Sketch of the medical history of the native army of Bombay, for the year
Year: 1872
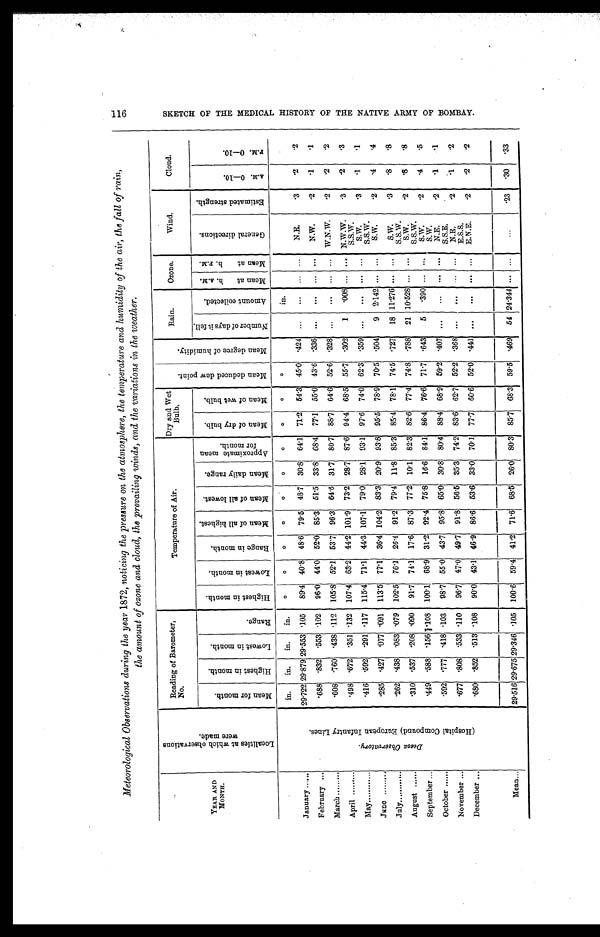
Meteorological Observations during the year 1872, noticing the pressure on the atmosphere, the temperature and humidity of the air, the fall of rain,
the amount of ozone and cloud, the prevailing winds, and the variations in the weather.
YEAR AND
MONTH.
L o c a l i t i e s a t w h i c h o b s e r v a t i o n s w e r e m a d e .
Reading of Barometer,
No.
Temperature of Air.
Dry and Wet
Bulb.
M e a n d e d u c e d d e w p o i n t .
M e a n d e g r e e o f h u m i d i t y .
Rain.
Ozone.
Wind.
Cloud.
M e a n f o r m o n t h .
H i g h e s t i n m o n t h . L o w e s t i n m o n t h .
R a n g e .
H i g h e s t i n m o n t h .
L o w e s t i n m o n t h .
R a n g e i n m o n t h .
M e a n o f a l l h i g h e s t . M e a n o f a l l l o w e s t .
M e a n d a i l y r a n g e .
A p p r o x i m a t e m e a n f o r m o n t h .
M e a n o f d r y b u l b .
M e a n o f w e t b u l b .
M e a n o f d a y s i t f e l l .
A m o u n t c o l l e c t e d .
M e a n a t h . A . M . M e a n a t h . P . M .
G e n e r a l d i r e c t i o n s .
E s t i m a t e d s t r e n g t h .
A . M . 0 — 1 0 .
P . M. 0 —1 0 .
D e e s a O b s e r v a t o r y .
( H o s p i t a l C o m p o u n d ) E u r o p e a n I n f a n t r y L i n e s .
in.
in.
in.
in.°°°°°°°°°°in.
January
29.722 29.879 29.553 .105 89.4 40.8 48.6 79.5 48.7 30.8 64.1 71.2 54.3 45.0
. 424 . . .
... ... ...
N.E.
.3
.2
. 2
February
. 6 8 8
. 8 3 2
. 5 5 3 .102
96.0 44.0 52.0 85.3 51.5 33.8 68.4 77.1 55.0 43.6
. 336 ...
. . .
. . . ...
N.W.
.2
.1
. 1
March
. 6 0 8
. 7 6 0
. 4 3 8 .112 105.8 52.1 53.7 96.3 64.6 31.7 80.7 88.7 64.6 52.6
.328 . . .
... ... ... W.N.W.
.2
.2
. 2
April
. 4 9 8
. 6 7 2
. 3 5 1 .132 107.4 63.2 44.2 101.9 73.2 28.7 87.6 94.4 68.5 55.7
. 302
1
. 0 0 8 ... ... N.W.W.
.3
.2
. 3
S.S.W.
May
. 4 1 6
. 5 9 2
. 2 9 1 .117 115.4 71.1 44.3 107.1 79.0 28.1 93.1 97.6 74.0 62.3
.359 ...
... ... ...
S.W.
.3
.1
. 1
S.S.W.
June
.285
. 4 2 7
. 0 7 7 .091 113.5 77.1 36.4 104.2 83.3 20.9 93.8 95.5 78.9 70.5
. 504
9 2.142
. . . ...
S.W.
.2
.4
. 4
July
. 2 6 2
. 4 3 8
. 0 8 3 .079 102.5 76.1 26.4 91.2 79.4 11.8 85.3 85.4 78.1 74.5
.727 18 11.276 ... ...
S.W.
.3
.8
. 8
S.S.W.
August
. 3 1 0
. 5 3 7
. 2 0 8
. 0 9 0
91.7 74.1 17.6 87.3 77.2 10.1 82.3 82.6 77.4 74.8
.788 21 10.528 ... ...
S.W.
.2
.8
. 8
S.S.W.
September
. 4 4 9
. 5 8 8 .156 1.108 100.1 68.9 31.2 92.4 75.8 16.6 84.1 86.4 76.6 71.7
.643
5
. 3 9 0 ... ...
S.W.
.2
.4
. 5
S.W.
October
. 5 9 2 .777 .418 .103 98.7 55.0 43.7 95.8 65.0 30.8 80.4 88.4 68.9 59.2
.407 ...
...
. . . . . .
N.E.
.2
.1
. 1
S.S.E.
November
. 6 7 7 .808 .533 .110
96.7 47.0 49.7 91.8 56.5 35.3 74.2 83.6 62.7 52.2
.368 ...
...
. . . ...
N.E.
.2
.1
. 2
E.S.S.
December
. 6 8 0 .852 .513 .108 90.0 43.1 46.9 86.6 53.6 33.0 70.1 77.7 60.6 52.0
. 441 ...
... ... ... E.N.E.
.2
.2
. 2
Mean
29.51629.675 29.346
. 1 0 5 100.6 59.4 41.2 71.6 68.5 26.0 80.3 85.7 68.3 59.5
.469 54 24.344 ...
. . .
...
.23 .30
. 3 3
1 1 6 S K E T C H O F T H E M E D I C A L H I S T O R Y O F T H E N A T I V E A R M Y O F B O M B A Y .